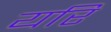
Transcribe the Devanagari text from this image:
यरि